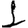
Digit: 1